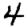
Digit: 4